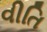
વીતિ